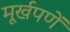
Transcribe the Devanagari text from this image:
मूर्खपणें